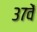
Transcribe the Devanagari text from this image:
३७वें